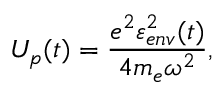
U _ { p } ( t ) = \frac { e ^ { 2 } \varepsilon _ { e n v } ^ { 2 } ( t ) } { 4 m _ { e } \omega ^ { 2 } } ,